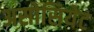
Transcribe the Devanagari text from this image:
असोसियेट